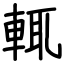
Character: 輒